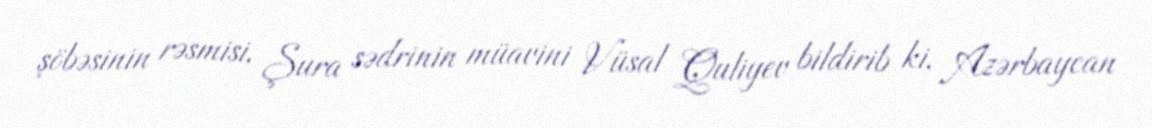
şöbəsinin rəsmisi, Şura sədrinin müavini Vüsal Quliyev bildirib ki, Azərbaycan